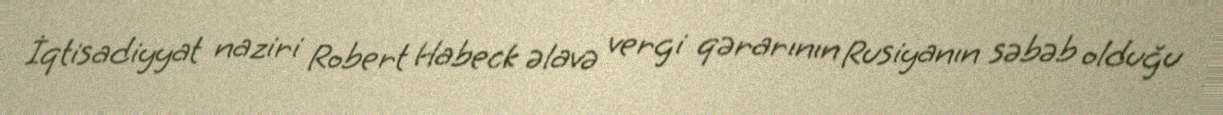
İqtisadiyyat naziri Robert Habeck əlavə vergi qərarının Rusiyanın səbəb olduğu